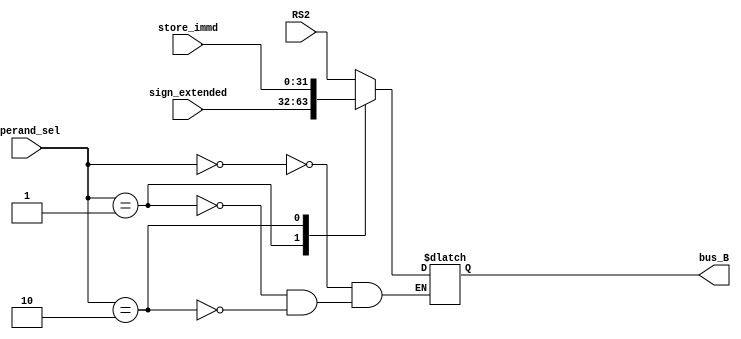
module bus_B(bus_B,operand_sel,RS2,sign_extended,store_immd);
output reg [31:0]bus_B;
input [1:0]operand_sel ;
input [31:0]RS2 ;
input [31:0]sign_extended;
input [31:0]store_immd ;

always@(operand_sel or RS2 or sign_extended)
begin
	case(operand_sel)
	2'b00: bus_B = RS2;    //for R-type instructions
	2'b01: bus_B = sign_extended; //for I-type and Load instructions
        2'b10: bus_B = store_immd;    //for Store
	endcase
end
endmodule
////////////////////////////////////////////////////
module bus_C(bus_C,Wrt_data_sel,Alu_out,D_in,PC);
output reg [31:0]bus_C;
input [1:0]Wrt_data_sel;
input [31:0]Alu_out;
input [31:0]D_in;
input [31:0]PC;
always@(Wrt_data_sel or Alu_out or D_in or PC)
begin
	case(Wrt_data_sel)
	2'b00:  bus_C= Alu_out;
	2'b01: bus_C = D_in;
        2'b10: bus_C = PC;
	endcase
end
endmodule